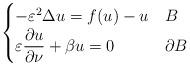
LaTeX: \begin{align*}\begin{cases} -\varepsilon^2\Delta u= f(u) - u & B\\ \displaystyle{\varepsilon \frac{\partial u}{\partial \nu}+ \beta u=0} & \partial B\end{cases}\end{align*}